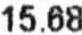
15.68